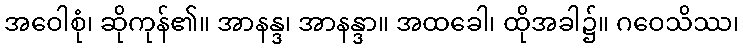
အဝေါစုံ၊ ဆိုကုန်၏။ အာနန္ဒ၊ အာနန္ဒာ။ အထခေါ၊ ထိုအခါ၌။ ဂဝေသိဿ၊